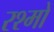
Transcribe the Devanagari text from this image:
रश्मों